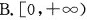
B.[0，+∞)